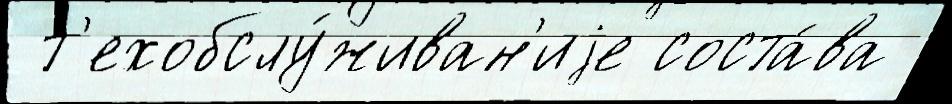
 т'ехобслу́живан'иjе соста́ва